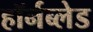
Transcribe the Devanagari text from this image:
हॉर्नब्लेड